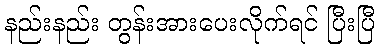
နည်းနည်း တွန်းအားပေးလိုက်ရင် ပြီးပြီ